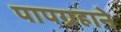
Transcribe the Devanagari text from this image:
पापग्रहाने